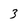
Character: 3